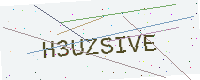
Text: H3UZSIVE